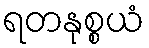
ရတနုစ္စယံ